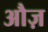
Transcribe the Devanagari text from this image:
औज़